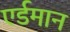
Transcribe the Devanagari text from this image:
एर्डमान